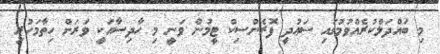
މި ބައްދަލްކުރެއްވުމުގައި ސަޢުދީ ފޮރެންސިކް ޓީމުން ވަނީ މި ހާދިސާއަކީ ވަރަށް ހިތާމަހުރި